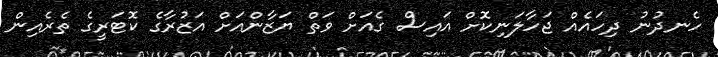
ހެނދުނު ދިހައެއް ޖަހާލަނިކޮށް އައިސް ގެއަށް ވަތް ޔަޒާންއަށް އަޒުރާގެ ކޮޓަރީގެ ތެރެއިން